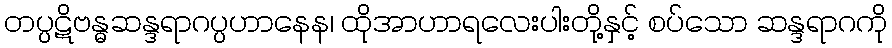
တပ္ပဋိဗန္ဓဆန္ဒရာဂပ္ပဟာနေန၊ ထိုအာဟာရလေးပါးတို့နှင့် စပ်သော ဆန္ဒရာဂကို